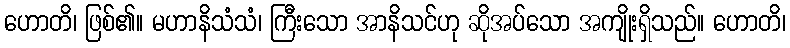
ဟောတိ၊ ဖြစ်၏။ မဟာနိသံသံ၊ ကြီးသော အာနိသင်ဟု ဆိုအပ်သော အကျိုးရှိသည်။ ဟောတိ၊